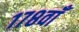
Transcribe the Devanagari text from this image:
१७८वाँ